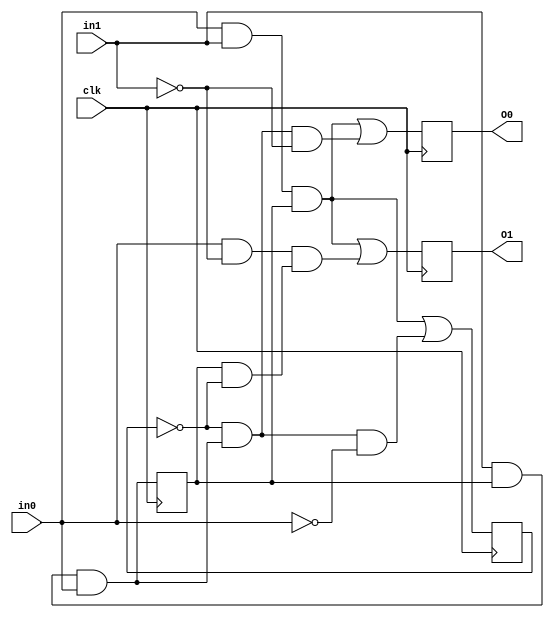
//num of or = 8
//num of and = 31
//num of not = 15
//num of wire = 52
module c1126 (in0,in1,O0,O1,clk);

input in0,in1,clk;

output O0,O1;

wire in0,in1,N0,N1,N2,N3,N4,N5,N6,N7,N8,
N9,N10,N11,N12,N13,N14,N15,N16,N17,N18,
N19,N20,N21,N22,N23,N24,N25,N26,N27,N28,
N29,N30,N31,N32,N33,N34,N35,N36,N37,N38,
N39,N40,N41,N42,N43,N44,N45,N46,N47,N48,
N49,N50,clk;

reg R0,R1,O0,O1;

always@(posedge clk)
   R0 <= N0;
always@(posedge clk)
   R1 <= N14;
always@(posedge clk)
   O0 <= N28;
always@(posedge clk)
   O1 <= N36;

and and0(N2,N3,N4);
and and3(N7,N8,N9);
and and6(N12,N13,in0);
and and1(N3,in0,N5);
and and2(N4,R0,N6);
and and4(N8,N10,in1);
and and5(N9,N11,R0);
and and7(N13,in1,R0);
and and8(N16,N17,N18);
and and11(N21,N22,N23);
and and14(N24,N25,N26);
and and9(N17,in0,N19);
and and10(N18,R0,N20);
and and12(N22,in0,in1);
and and13(N23,R0,R0);
and and15(N25,N27,N0);
and and16(N29,N30,N31);
and and19(N32,N33,N34);
and and17(N30,in0,in1);
and and18(N31,R0,R0);
and and20(N33,N35,N0);
and and21(N38,N39,N40);
and and24(N43,N44,N45);
and and27(N46,N47,N48);
and and22(N39,N41,in1);
and and23(N40,N42,R0);
and and25(N44,in0,in1);
and and26(N45,R0,R0);
and and28(N47,in0,N49);
and and29(N48,R0,N50);

or or0(N0,N1,N2);
or or1(N1,N7,N12);
or or2(N14,N15,N16);
or or3(N15,N21,N24);
or or4(N28,N29,N32);
or or5(N36,N37,N38);
or or6(N37,N43,N46);

not not0(N5,in0);
not not1(N6,R1);
not not2(N10,in0);
not not3(N11,R0);
not not4(N26,in0);
not not5(N19,in0);
not not6(N20,R1);
not not7(N27,R1);
not not8(N34,in1);
not not9(N35,R1);
not not10(N41,in0);
not not11(N42,R0);
not not12(N49,in1);
not not13(N50,R1);

endmodule